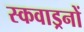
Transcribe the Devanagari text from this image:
स्कवाड्रनों